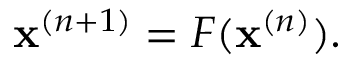
\begin{array} { r } { \mathbf { x } ^ { ( n + 1 ) } = F ( \mathbf { x } ^ { ( n ) } ) . } \end{array}